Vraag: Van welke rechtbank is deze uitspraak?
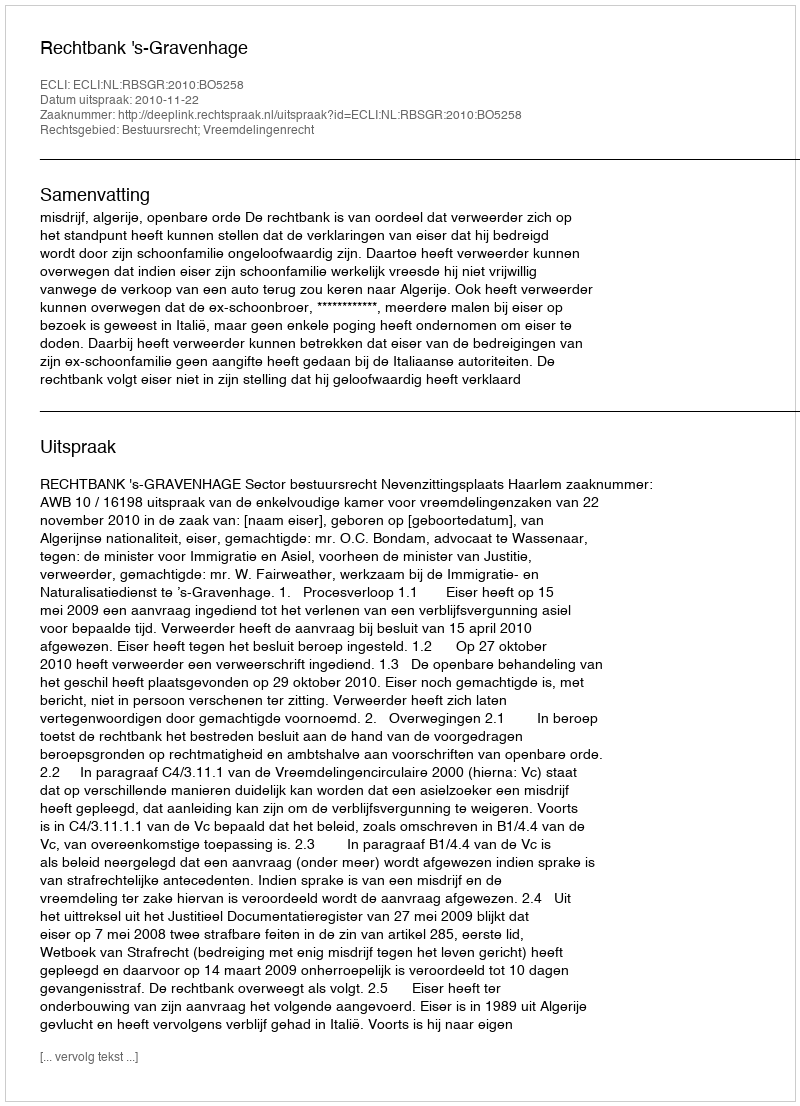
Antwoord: Rechtbank 's-Gravenhage